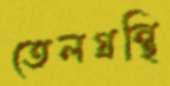
তেলগ্রন্থি